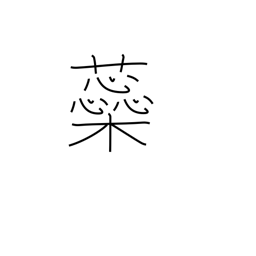
Meaning: pistil